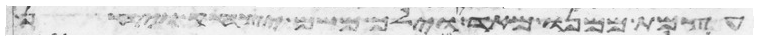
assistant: עצמת ממנו מאד וילך משם יצחק ויחן